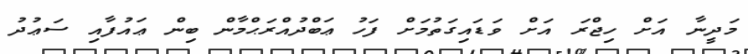
މަދީނާ އަށް ހިޖްރަ އަށް ވަޑައިގަތުމަށް ފަހު ޢަބްދުއްރަޙްމާން ބިން ޢައުފާއި ސަޢުދު